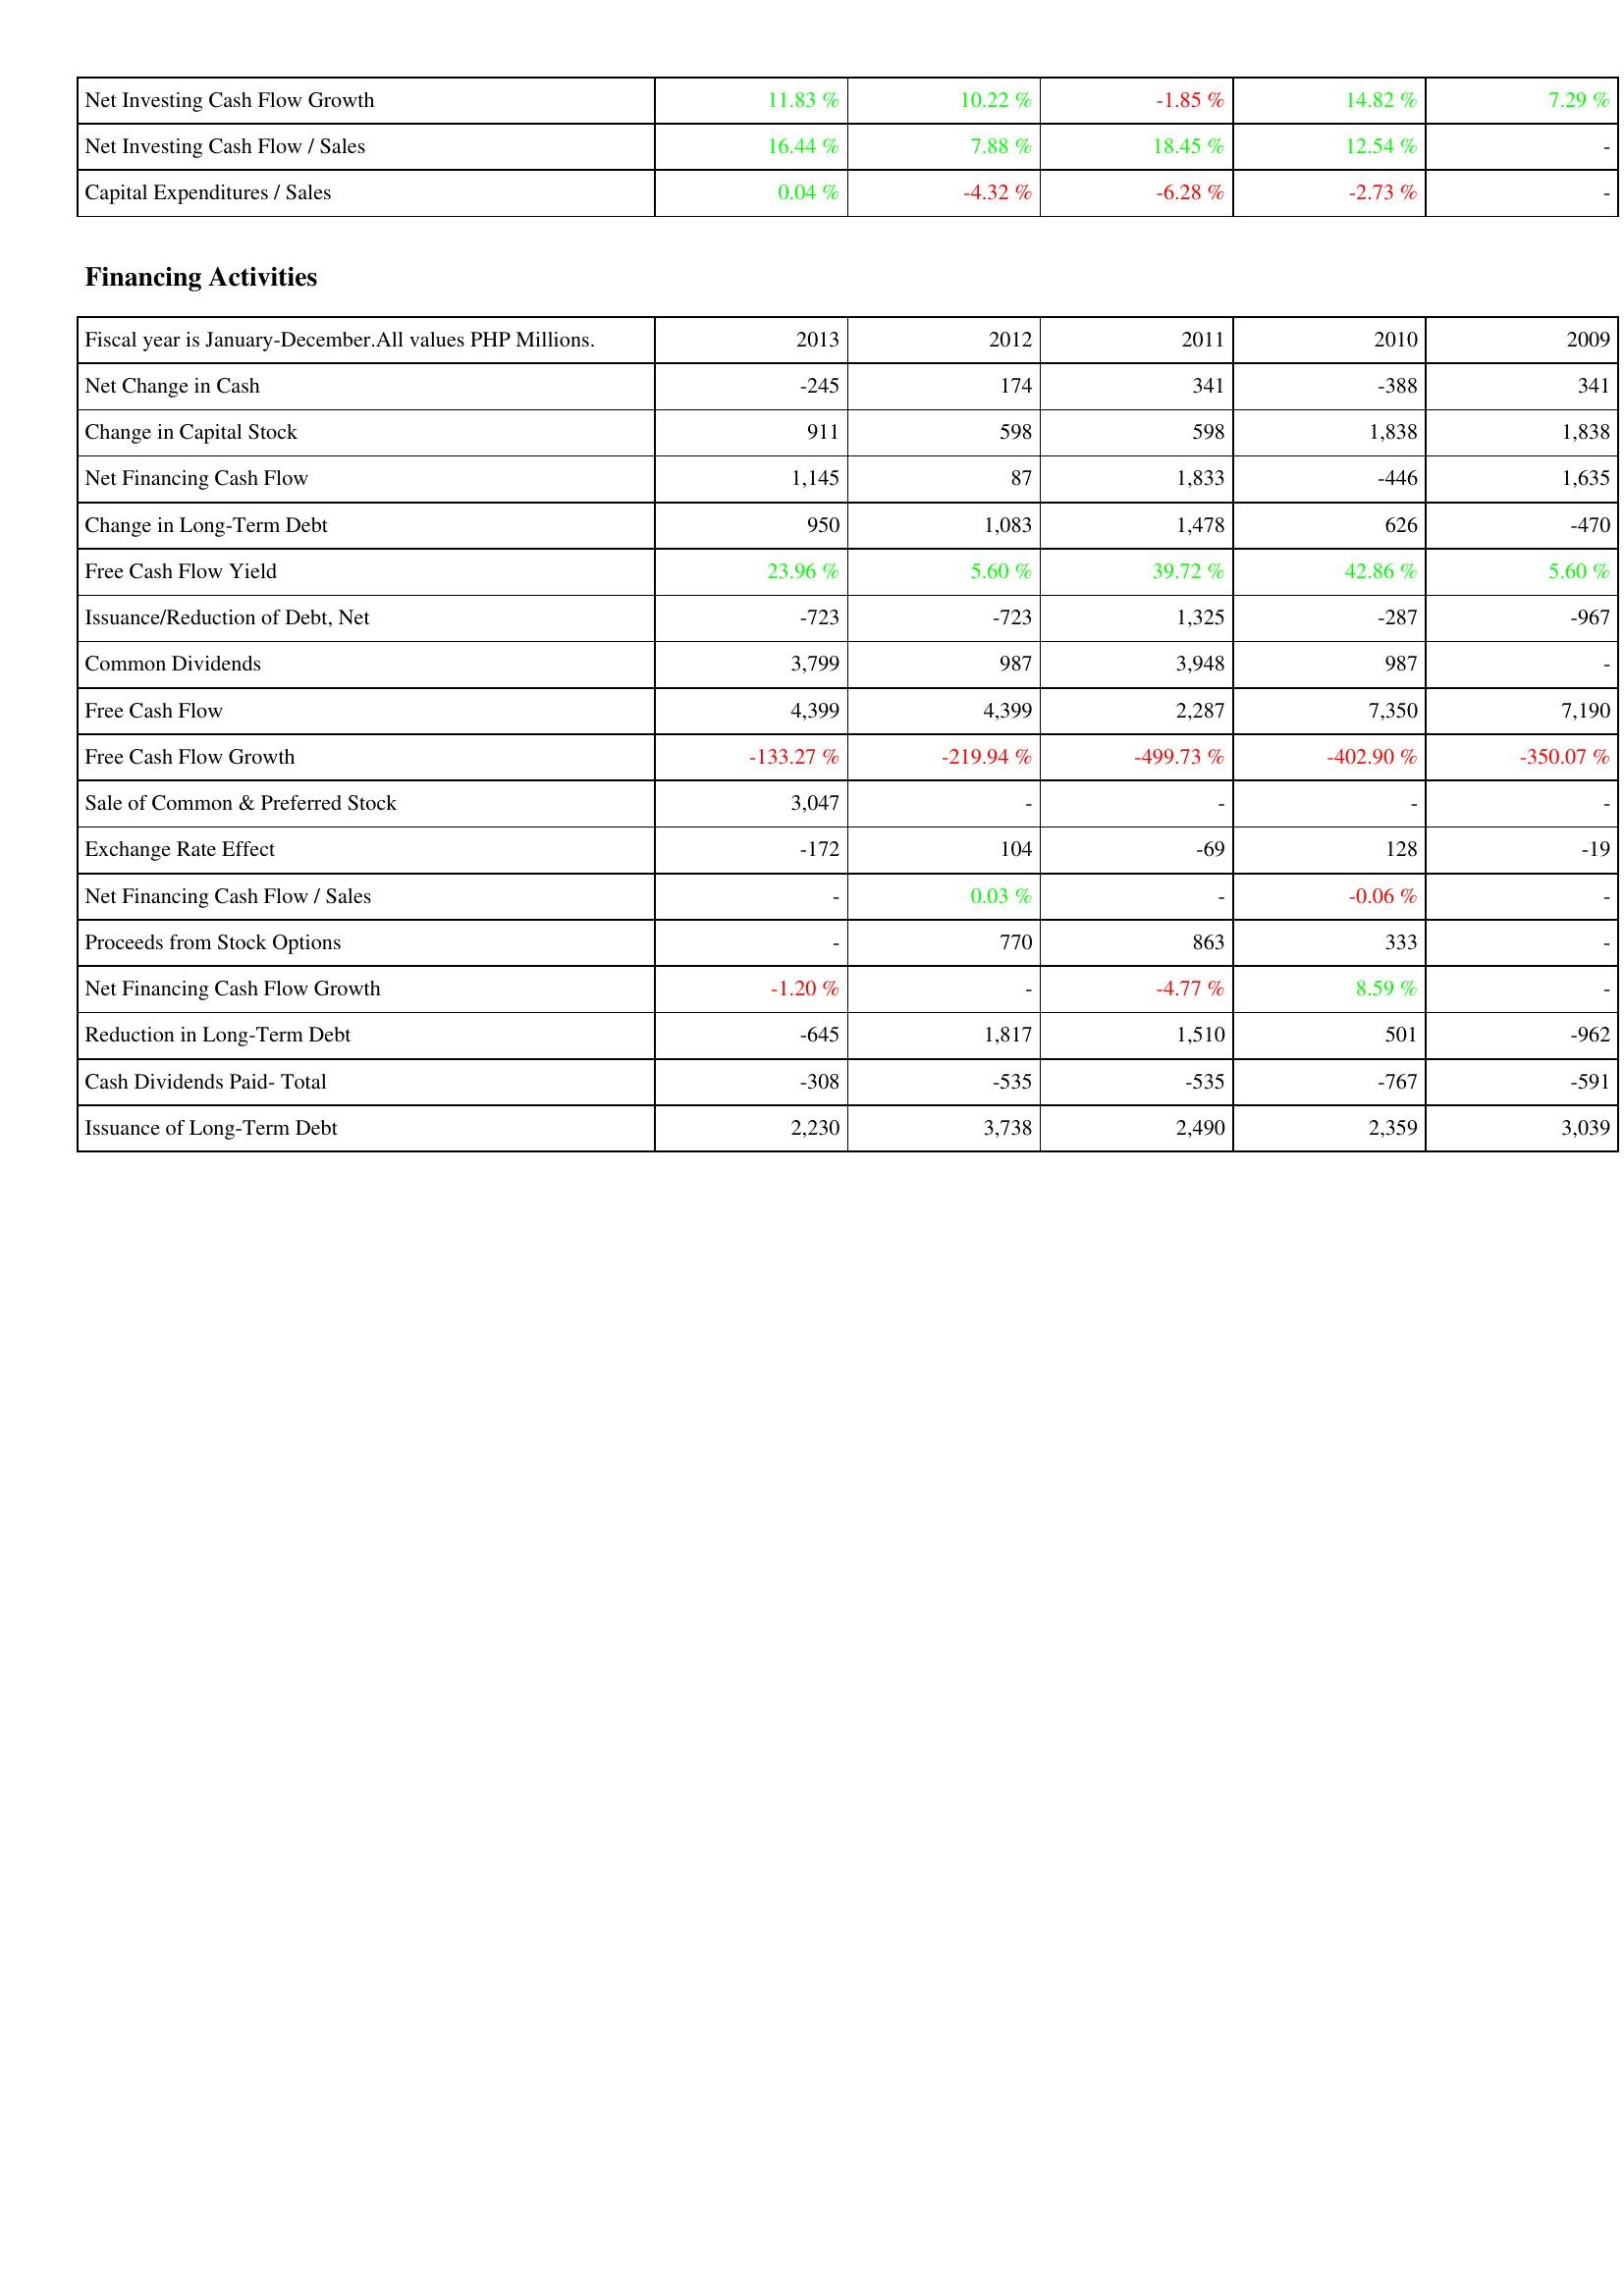
2013: Investing Activities: Net Investing Cash Flow Growth: 11.83 %
Net Investing Cash Flow / Sales: 16.44 %
Capital Expenditures / Sales: 0.04 %
Financing Activities: Net Change in Cash: -245
Change in Capital Stock: 911
Net Financing Cash Flow: 1,145
Change in Long-Term Debt: 950
Free Cash Flow Yield: 23.96 %
Issuance/Reduction of Debt, Net: -723
Common Dividends: 3,799
Free Cash Flow: 4,399
Free Cash Flow Growth: -133.27 %
Sale of Common & Preferred Stock: 3,047
Exchange Rate Effect: -172
Net Financing Cash Flow / Sales: -
Proceeds from Stock Options: -
Net Financing Cash Flow Growth: -1.20 %
Reduction in Long-Term Debt: -645
Cash Dividends Paid- Total: -308
Issuance of Long-Term Debt: 2,230
2012: Investing Activities: Net Investing Cash Flow Growth: 10.22 %
Net Investing Cash Flow / Sales: 7.88 %
Capital Expenditures / Sales: -4.32 %
Financing Activities: Net Change in Cash: 174
Change in Capital Stock: 598
Net Financing Cash Flow: 87
Change in Long-Term Debt: 1,083
Free Cash Flow Yield: 5.60 %
Issuance/Reduction of Debt, Net: -723
Common Dividends: 987
Free Cash Flow: 4,399
Free Cash Flow Growth: -219.94 %
Sale of Common & Preferred Stock: -
Exchange Rate Effect: 104
Net Financing Cash Flow / Sales: 0.03 %
Proceeds from Stock Options: 770
Net Financing Cash Flow Growth: -
Reduction in Long-Term Debt: 1,817
Cash Dividends Paid- Total: -535
Issuance of Long-Term Debt: 3,738
2011: Investing Activities: Net Investing Cash Flow Growth: -1.85 %
Net Investing Cash Flow / Sales: 18.45 %
Capital Expenditures / Sales: -6.28 %
Financing Activities: Net Change in Cash: 341
Change in Capital Stock: 598
Net Financing Cash Flow: 1,833
Change in Long-Term Debt: 1,478
Free Cash Flow Yield: 39.72 %
Issuance/Reduction of Debt, Net: 1,325
Common Dividends: 3,948
Free Cash Flow: 2,287
Free Cash Flow Growth: -499.73 %
Sale of Common & Preferred Stock: -
Exchange Rate Effect: -69
Net Financing Cash Flow / Sales: -
Proceeds from Stock Options: 863
Net Financing Cash Flow Growth: -4.77 %
Reduction in Long-Term Debt: 1,510
Cash Dividends Paid- Total: -535
Issuance of Long-Term Debt: 2,490
2010: Investing Activities: Net Investing Cash Flow Growth: 14.82 %
Net Investing Cash Flow / Sales: 12.54 %
Capital Expenditures / Sales: -2.73 %
Financing Activities: Net Change in Cash: -388
Change in Capital Stock: 1,838
Net Financing Cash Flow: -446
Change in Long-Term Debt: 626
Free Cash Flow Yield: 42.86 %
Issuance/Reduction of Debt, Net: -287
Common Dividends: 987
Free Cash Flow: 7,350
Free Cash Flow Growth: -402.90 %
Sale of Common & Preferred Stock: -
Exchange Rate Effect: 128
Net Financing Cash Flow / Sales: -0.06 %
Proceeds from Stock Options: 333
Net Financing Cash Flow Growth: 8.59 %
Reduction in Long-Term Debt: 501
Cash Dividends Paid- Total: -767
Issuance of Long-Term Debt: 2,359
2009: Investing Activities: Net Investing Cash Flow Growth: 7.29 %
Net Investing Cash Flow / Sales: -
Capital Expenditures / Sales: -
Financing Activities: Net Change in Cash: 341
Change in Capital Stock: 1,838
Net Financing Cash Flow: 1,635
Change in Long-Term Debt: -470
Free Cash Flow Yield: 5.60 %
Issuance/Reduction of Debt, Net: -967
Common Dividends: -
Free Cash Flow: 7,190
Free Cash Flow Growth: -350.07 %
Sale of Common & Preferred Stock: -
Exchange Rate Effect: -19
Net Financing Cash Flow / Sales: -
Proceeds from Stock Options: -
Net Financing Cash Flow Growth: -
Reduction in Long-Term Debt: -962
Cash Dividends Paid- Total: -591
Issuance of Long-Term Debt: 3,039